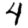
Digit: 4